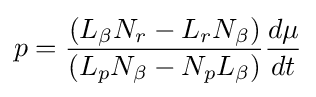
p={\frac {(L_{\beta }N_{r}-L_{r}N_{\beta })}{(L_{p}N_{\beta }-N_{p}L_{\beta })}}{\frac {d\mu }{dt}}